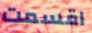
اقسمت